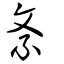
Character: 紊